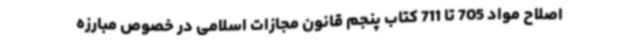
اصلاح مواد 705 تا 711 کتاب پنجم قانون مجازات اسلامی در خصوص مبارزه